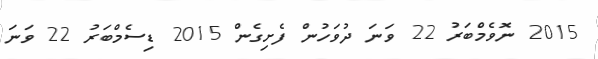
2015 ނޮވެމްބަރު 22 ވަނަ ދުވަހުން ފެށިގެން 2015 ޑިސެމްބަރު 22 ވަނަ